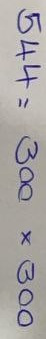
544 = 300 x 300